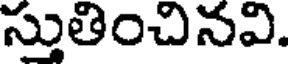
స్తుతించినవి.